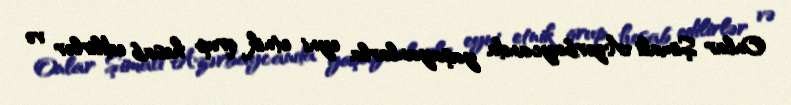
Onlar Şimali Azərbaycanda yaşayanlarla eyni etnik qrup hesab edilirlər və